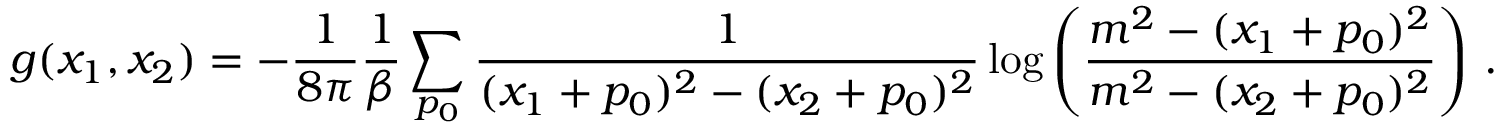
g ( x _ { 1 } , x _ { 2 } ) = - \frac { 1 } { 8 \pi } \frac { 1 } { \beta } \sum _ { p _ { 0 } } \frac { 1 } { ( x _ { 1 } + p _ { 0 } ) ^ { 2 } - ( x _ { 2 } + p _ { 0 } ) ^ { 2 } } \log \left( \frac { m ^ { 2 } - ( x _ { 1 } + p _ { 0 } ) ^ { 2 } } { m ^ { 2 } - ( x _ { 2 } + p _ { 0 } ) ^ { 2 } } \right) \, .